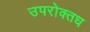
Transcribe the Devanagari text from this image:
उपरोक्तध